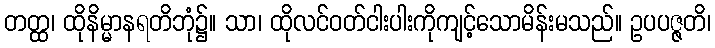
တတ္ထ၊ ထိုနိမ္မာနရတိဘုံ၌။ သာ၊ ထိုလင်ဝတ်ငါးပါးကိုကျင့်သောမိန်းမသည်။ ဥပပဇ္ဇတိ၊